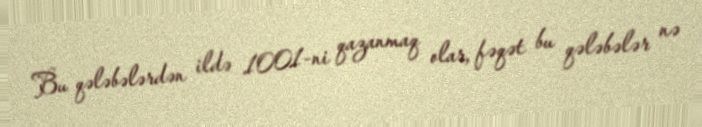
Bu qələbələrdən ildə 1001-ni qazanmaq olar, fəqət bu qələbələr nə